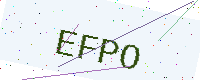
Text: EFPO